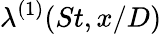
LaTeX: \lambda^{(1)}(St,x/D)